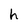
Character: h